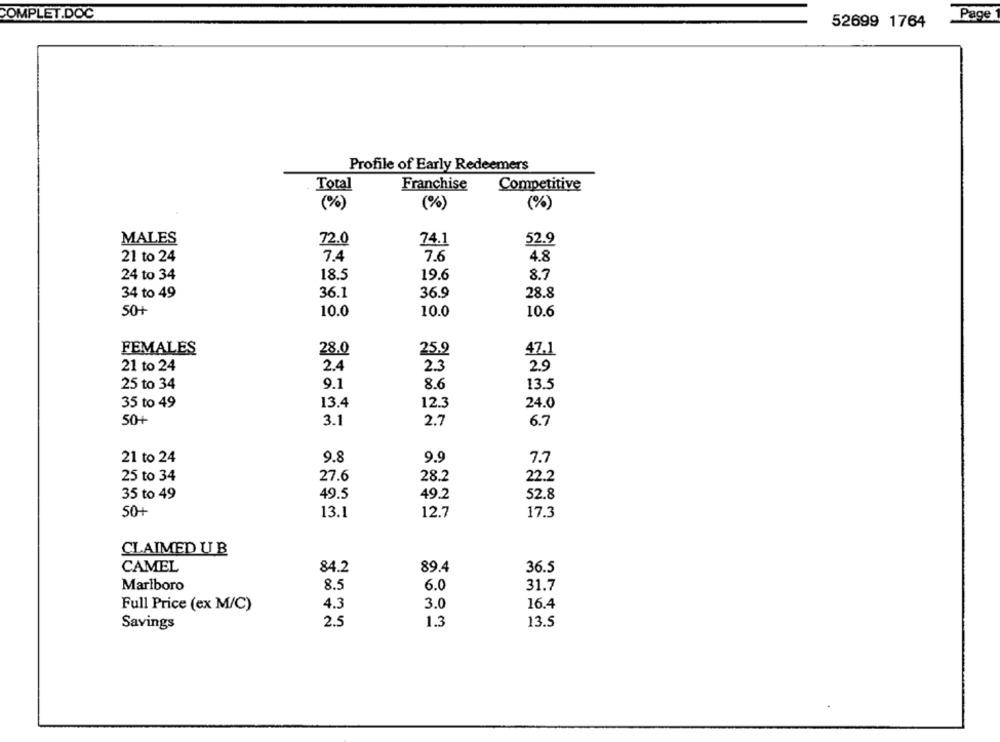
COMPLET.DOC
52699 1764
Page
Profile of Early Redeemers
Total
Franchise
Competitive
(%)
(%)
(%)
MALES
72.0
74.1
52.9
21 to 24
7.4
7.6
4.8
24 to 34
18.5
19.6
8.7
34 to 49
36.1
36.9
28.8
50+
10.0
10.6
10.0
FEMALES
28.0
25.9
47.1
21 to 24
2.4
2.3
29
25 to 34
9.1
8.6
13.5
35 to 49
13.4
12.3
24.0
50+
3.1
2.7
6.7
21 to 24
9.8
9.9
7.7
25 to 34
27.6
28.2
22.2
35 to 49
49.5
49.2
52.8
50+
13.1
12.7
17.3
CLAIMED UB
CAMEL
84.2
89.4
36.5
Marlboro
8.5
6.0
31.7
Full Price (ex M/C)
4.3
3.0
16.4
2.5
1.3
13.5
Savings